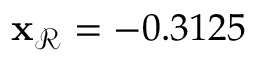
\mathbf { x } _ { \mathcal { R } } = - 0 . 3 1 2 5